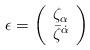
LaTeX: \begin{align*}\epsilon=\left(\begin{array}{c} {\zeta}_{\alpha}\\{\bar\zeta}^{\dot\alpha}\end{array} \right)\end{align*}